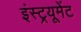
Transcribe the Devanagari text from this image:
इंस्ट्रयूमेंट